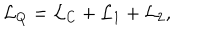
{ \cal L } _ { Q } = { \cal L } _ { C } + { \cal L } _ { 1 } + { \cal L } _ { 2 } ,